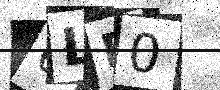
Text: 6LR0